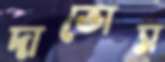
দাভোস